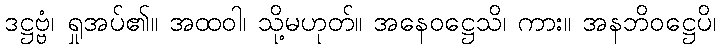
ဒဋ္ဌဗ္ဗံ၊ ရှုအပ်၏။ အထဝါ၊ သို့မဟုတ်။ အနေဝဋ္ဌေသိ၊ ကား။ အနဘိဝဋ္ဌေပိ၊